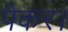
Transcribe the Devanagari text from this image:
पैकर।